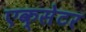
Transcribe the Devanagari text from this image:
एक्‍सेटर